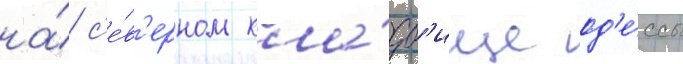
на́ с'е́в'ерном кла́дб'ище од'е́ссы